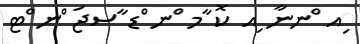
ިއ ްނނާ ިއ ކޮ ާމ ްނ ްޑ ާސޖަ ްނ ްޓ